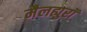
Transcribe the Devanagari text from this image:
मैलह्युरॉ